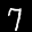
Label: 7